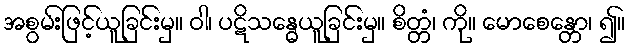
အစွမ်းဖြင့်ယူခြင်းမှ။ ဝါ၊ ပဋိသန္ဓေယူခြင်းမှ။ စိတ္တံ၊ ကို။ မောစေန္တော၊ ၍။